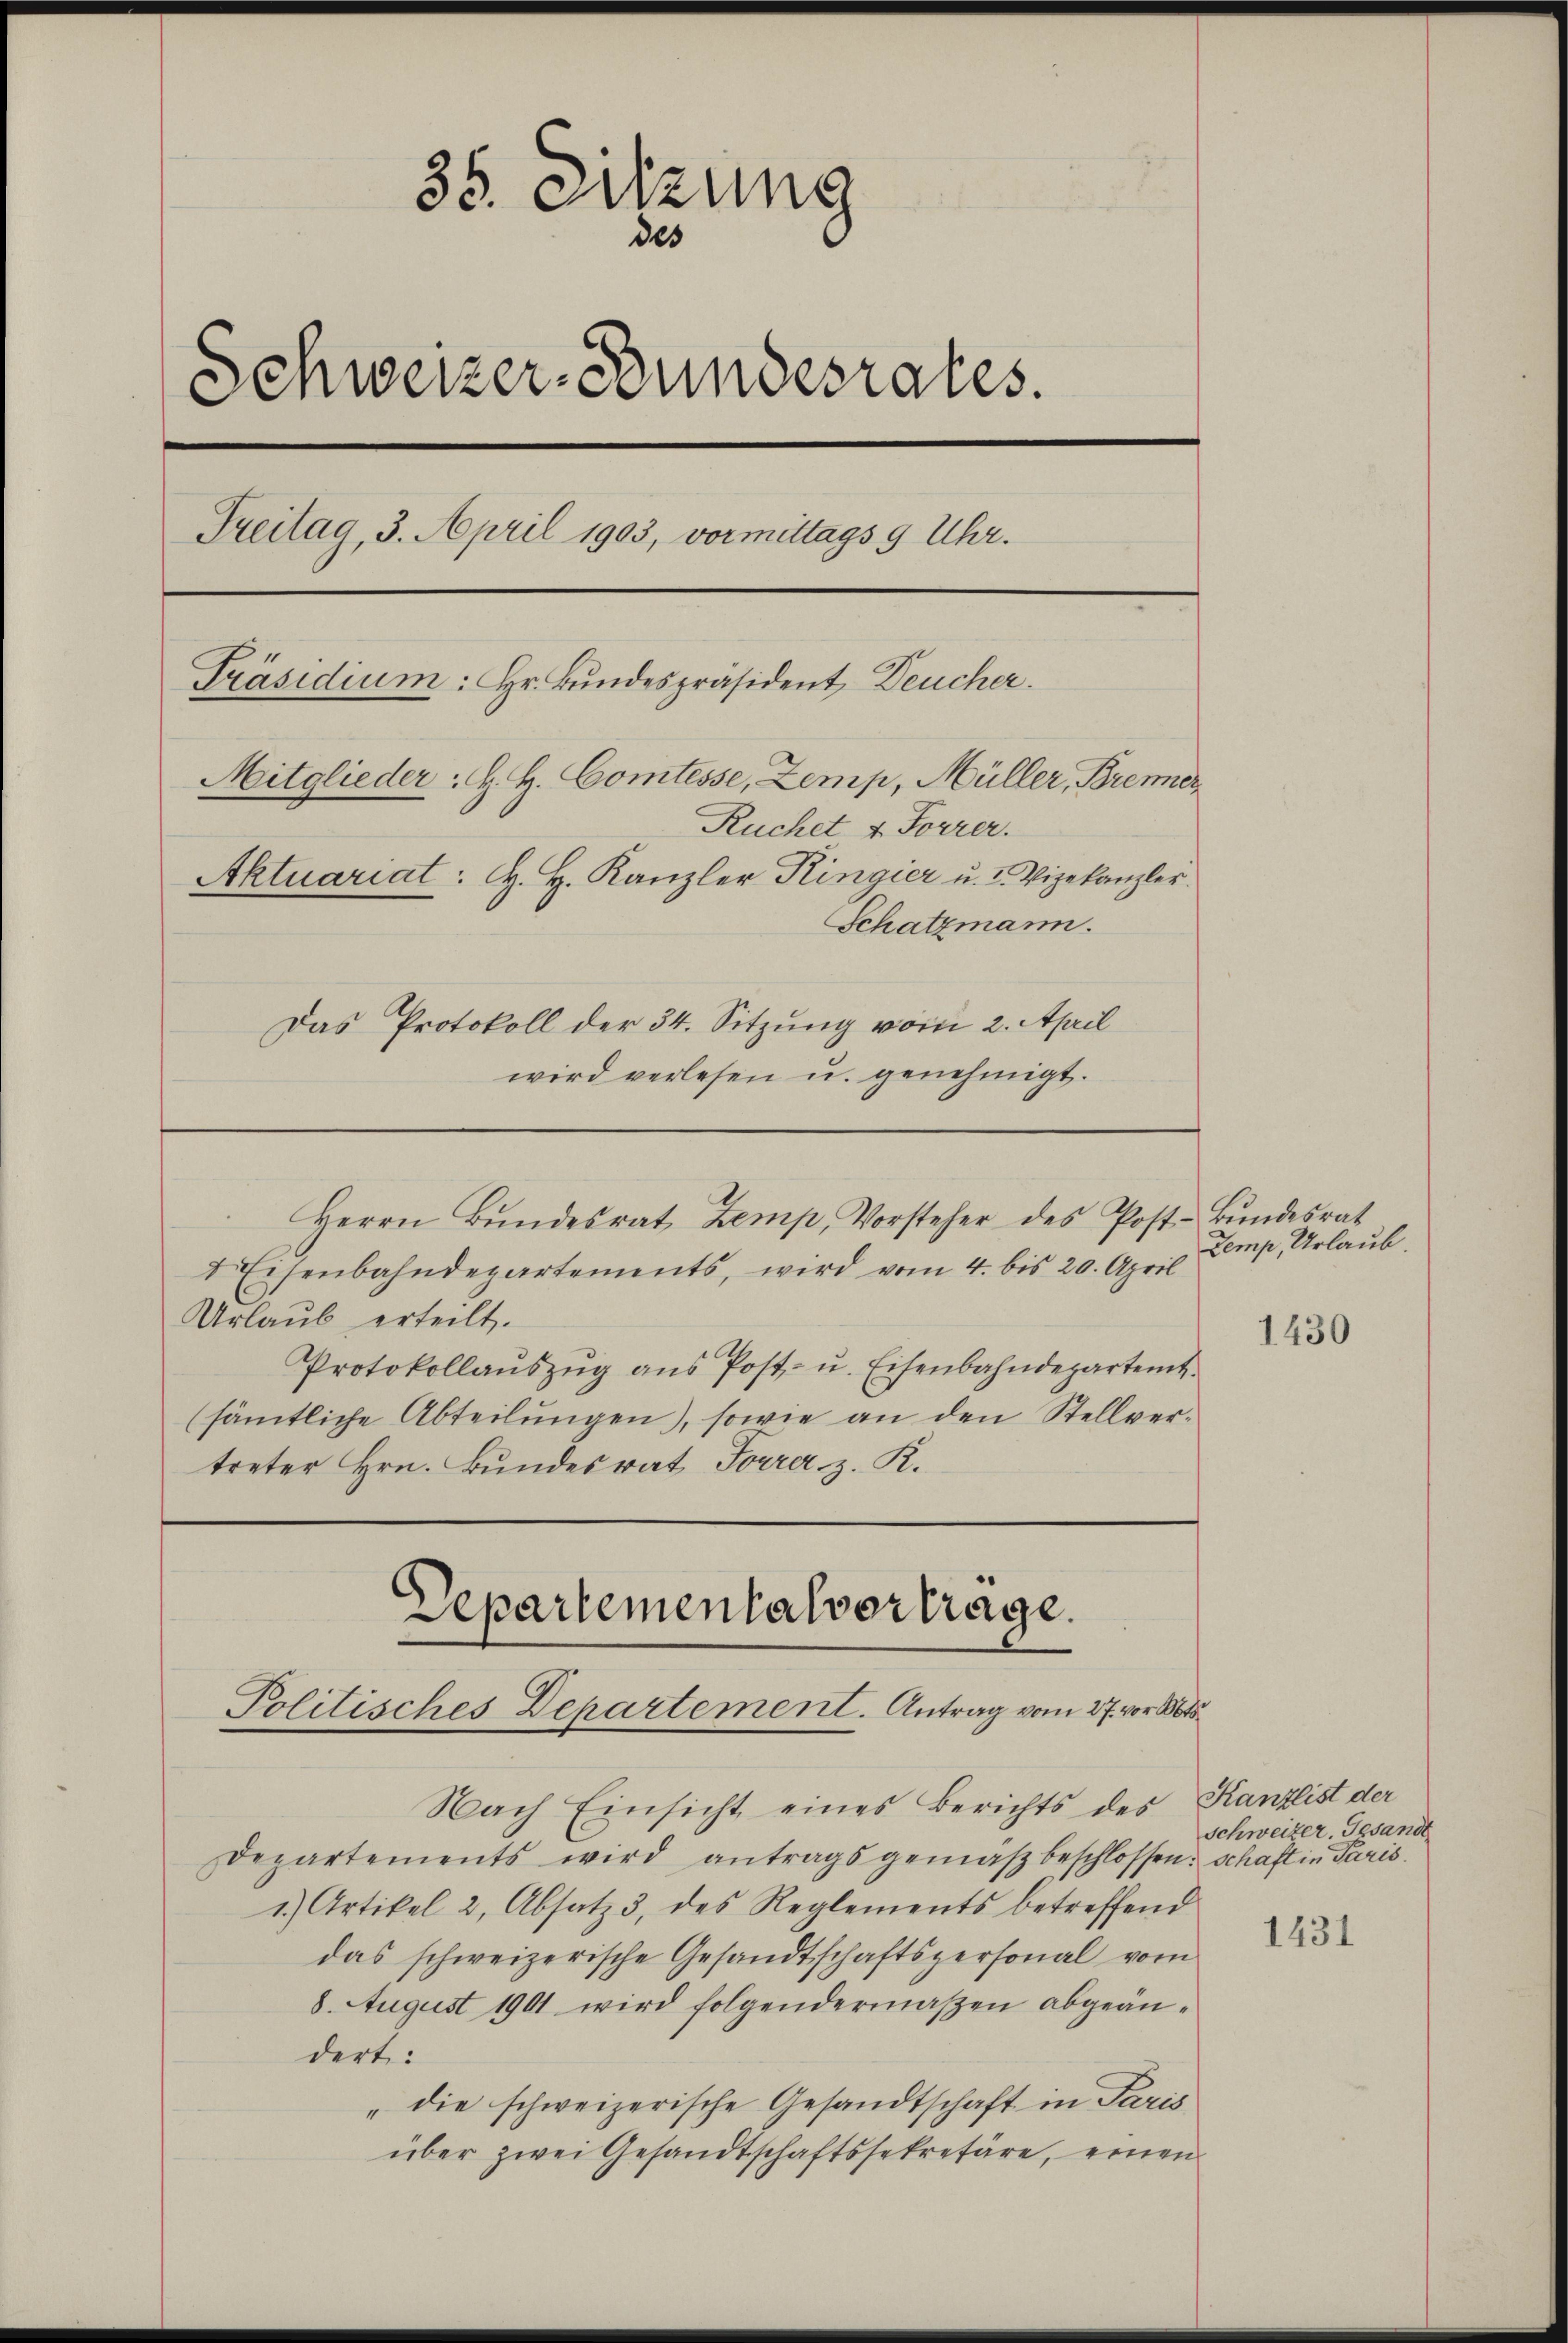
35. Sitzung
des
.
Schweizer-Bundesrates.
Treitag, 3. April 1903, vormittags 9 Uhr.
Präsidium: Hr. Bundespräsident, Deucher.
Mitglieder: H. H. Comtesse, Zemp, Müller, Brenner
Ruchet 4. Forrer.
Aktuariat: H. H. Kanzler Ringier u. 2. Vizekanzler
Schatzmann.
Das Protokoll der 34. Sitzung vom 2. April
wird verlesen u. genehmigt.

4 Eisenbahndepartements, wird vom 4. bis 20. April
Urlaub erteilt.
Protokollaŭszŭg ans Post- u. Eisenbahndepartemt.
(sämtliche Abteilungen), sowie an den Stellvertreter Hrn. Bundesrat Forrer z. R.

Herrn Bŭndesrat Zemp, Vorsteher des Post- Bŭndesrat

Departementalvertrage.
Politisches Departement. Antrag vom 27. vor 1865.

Nach Einsicht eines Berichts des Kanzlist der
Departements wird antragsgemäβ beschlossen: schaft in Paris.
1.) Artikel 2, Absatz 3 des Reglements betreffend
das schweizerische Gesandtschaftspersonal vom
8. August 1901 wird folgendermaßen abgeändert:
"die schweizerische Gesandtschaft in Paris
über zwei Gesandtschaftssekretäre, einen

Zemp, Urlaub.

1430

Schweizer. Gesandt

1431